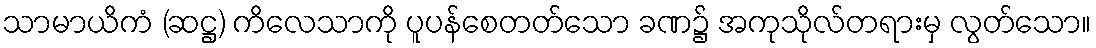
သာမာယိကံ (ဆဋ္ဌ) ကိလေသာကို ပူပန်စေတတ်သော ခဏ၌ အကုသိုလ်တရားမှ လွတ်သော။